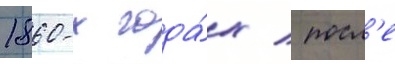
1860-х года́х / посл'е